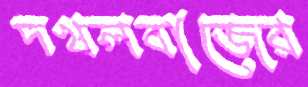
দখলবাজের